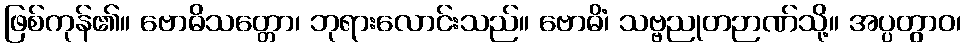
ဖြစ်ကုန်၏။ ဗောဓိသတ္တော၊ ဘုရားလောင်းသည်။ ဗောဓိံ၊ သဗ္ဗညုတဉာဏ်သို့။ အပ္ပတွာဝ၊